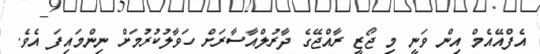
އެފްއޭއެމް އިން ވަނީ މި ޖޯޒީ ރާއްޖޭގެ ދާރުލްއާސާރަށް ހަވާލުކުރުމަށް ނިންމައިފަ އެވެ.